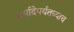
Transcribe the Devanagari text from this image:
मर्यादेपर्यतच्याच